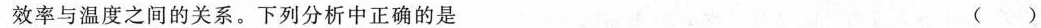
效率与温度之间的关系。下列分析中正确的是 ( )